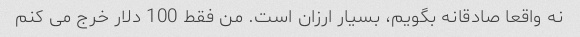
نه واقعا صادقانه بگویم، بسیار ارزان است. من فقط 100 دلار خرج می کنم